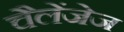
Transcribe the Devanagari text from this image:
चैलेंजेज